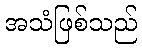
အသံဖြစ်သည်